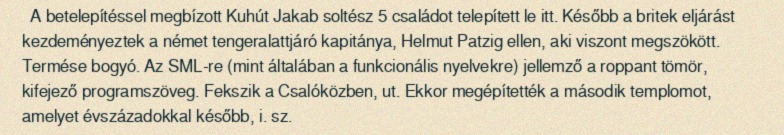
A betelepítéssel megbízott Kuhút Jakab soltész 5 családot telepített le itt. Később a britek eljárást kezdeményeztek a német tengeralattjáró kapitánya, Helmut Patzig ellen, aki viszont megszökött. Termése bogyó. Az SML-re (mint általában a funkcionális nyelvekre) jellemző a roppant tömör, kifejező programszöveg. Fekszik a Csalóközben, ut. Ekkor megépítették a második templomot, amelyet évszázadokkal később, i. sz.